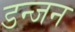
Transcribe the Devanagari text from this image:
डन्जन